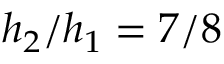
h _ { 2 } / h _ { 1 } = 7 / 8